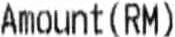
AMOUNT(RM)